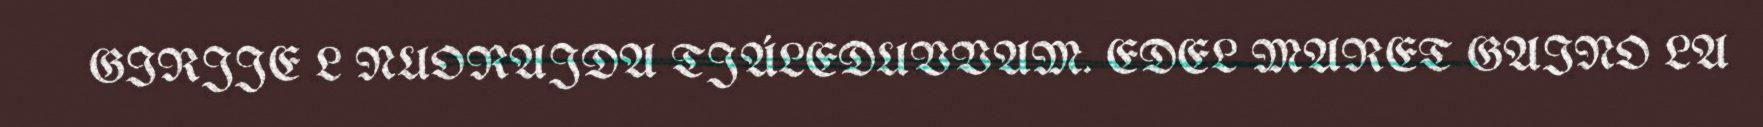
GIRJJE L NUORAJDA TJÁLEDUVVAM. EDEL MARET GAINO LA